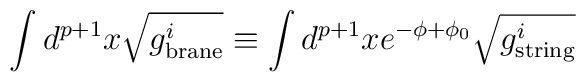
\int d^{p+1} x \sqrt{g^i _{\mbox{\scriptsize brane}}} \equiv\int d^{p+1} x e^{-\phi + \phi_0}\sqrt{g^i _{\mbox{\scriptsize string}}}